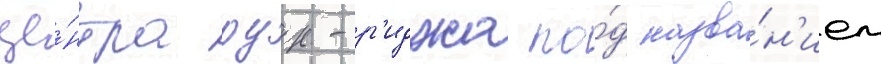
це́нтра оук-р'иджа по́д назва́н'ием